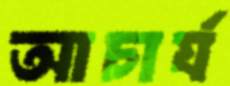
আচার্য